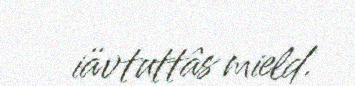
iävtuttâs mield.